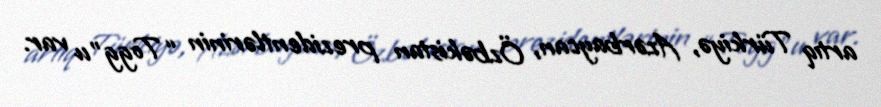
artıq Türkiyə, Azərbaycan, Özbəkistan prezidentlərinin “Togg”u var.